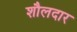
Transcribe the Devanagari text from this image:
शौलदार